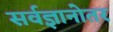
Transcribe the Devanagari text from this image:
सर्वज्ञानोतर